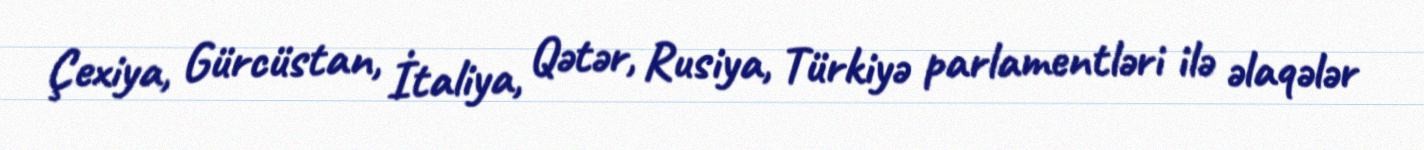
Çexiya, Gürcüstan, İtaliya, Qətər, Rusiya, Türkiyə parlamentləri ilə əlaqələr